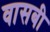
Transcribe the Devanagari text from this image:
वासबी